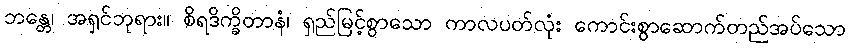
ဘန္တေ၊ အရှင်ဘုရား။ စိရဒိက္ခိတာနံ၊ ရှည်မြင့်စွာသော ကာလပတ်လုံး ကောင်းစွာဆောက်တည်အပ်သော